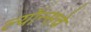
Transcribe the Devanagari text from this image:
ल्यॉन्सचे